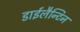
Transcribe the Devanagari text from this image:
डाईलैन्टिन